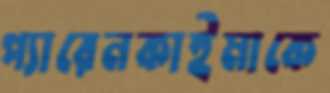
প্যারেনকাইমাকে